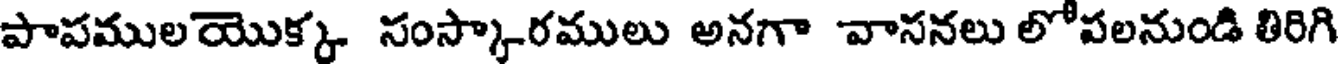
పాపములయొక్క సంస్కారములు అనగా వాసనలు లోపలనుండి తిరిగి